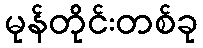
မုန်တိုင်းတစ်ခု